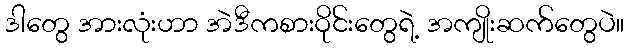
ဒါတွေ အားလုံးဟာ အဲဒီကစားဝိုင်းတွေရဲ့ အကျိုးဆက်တွေပဲ။